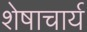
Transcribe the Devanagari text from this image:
शेषाचार्य